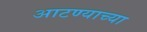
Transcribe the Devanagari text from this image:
आटण्याच्या